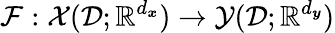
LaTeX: \mathcal{F}:\mathcal{X}(\mathcal{D};\mathbb{R}^{d_{\boldsymbol{x}}})\to\mathcal{Y}(\mathcal{D};\mathbb{R}^{d_{\boldsymbol{y}}})